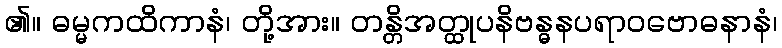
၏။ ဓမ္မကထိကာနံ၊ တို့အား။ တန္တိအတ္ထုပနိဗန္ဓနပရာဝဗောဓနာနံ၊